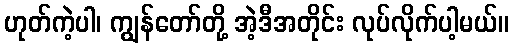
ဟုတ်ကဲ့ပါ၊ ကျွန်တော်တို့ အဲ့ဒီအတိုင်း လုပ်လိုက်ပါ့မယ်။